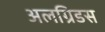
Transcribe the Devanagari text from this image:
अलग्रिडस